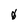
Character: 0